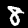
Label: 8